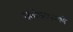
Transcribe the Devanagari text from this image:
संशोधनाप्रमाणे